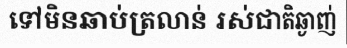
ទៅមិនឆាប់ត្រលាន់ រស់ជាតិឆ្ងាញ់